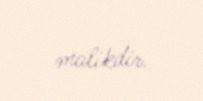
malikdir.